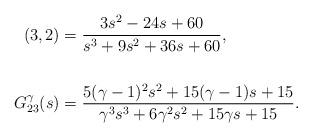
LaTeX: \begin{align*} (3,2) &= \frac{3 s^2 - 24 s + 60}{s^3 + 9 s^2 + 36s + 60}, \\ \\G_{23}^{\gamma}(s) &= \frac{5 (\gamma -1)^2 s^2 + 15 (\gamma -1) s + 15}{\gamma^3 s^3 +6 \gamma^2 s^2 + 15 \gamma s + 15}.\end{align*}